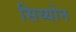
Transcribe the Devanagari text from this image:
सिय्योन